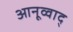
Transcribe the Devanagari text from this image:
आनूव्वाद्